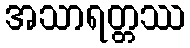
အသာရတ္တဿ